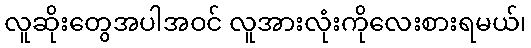
လူဆိုးတွေအပါအဝင် လူအားလုံးကိုလေးစားရမယ်၊